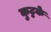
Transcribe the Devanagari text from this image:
कुट्टके